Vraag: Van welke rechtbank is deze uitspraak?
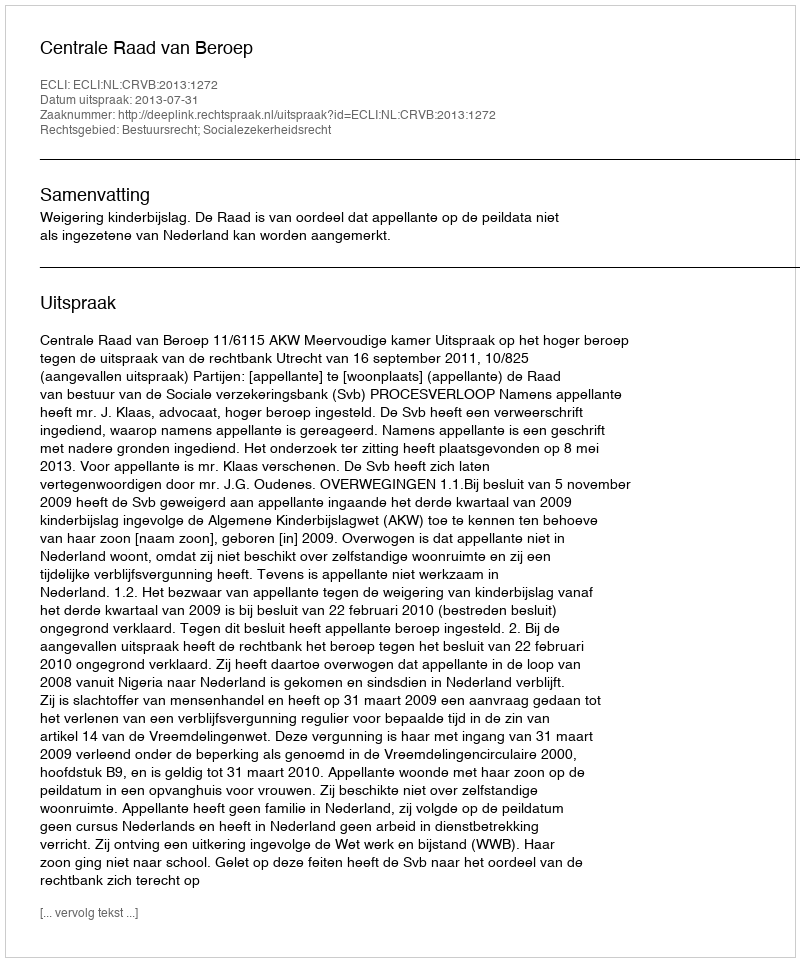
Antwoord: Centrale Raad van Beroep